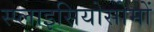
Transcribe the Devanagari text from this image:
स्प्लाइसियोसोमों